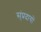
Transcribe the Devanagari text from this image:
स्ंप्रदायों